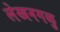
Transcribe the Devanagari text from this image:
लेखनगळु